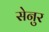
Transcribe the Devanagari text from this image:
सेनुर